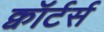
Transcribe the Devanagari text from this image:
क्वॉर्टर्स